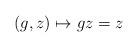
LaTeX: \begin{align*}(g,z)\mapsto gz=z\end{align*}